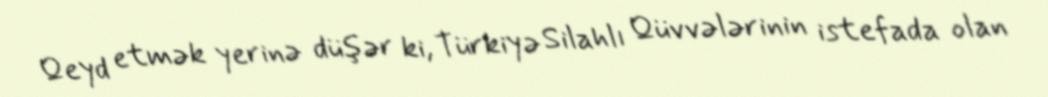
Qeyd etmək yerinə düşər ki, Türkiyə Silahlı Qüvvələrinin istefada olan